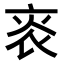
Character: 𤇯